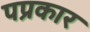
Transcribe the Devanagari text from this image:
पप्रकार